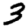
Digit: 3